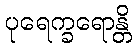
ပုရေက္ခရောန္တိ